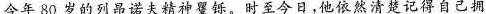
今年80岁的列昂诺夫精神矍铄。时至今日，然清楚记得自己拥